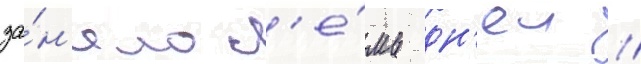
за́н'яло с'е́мь дн'еи //